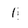
Character: 1